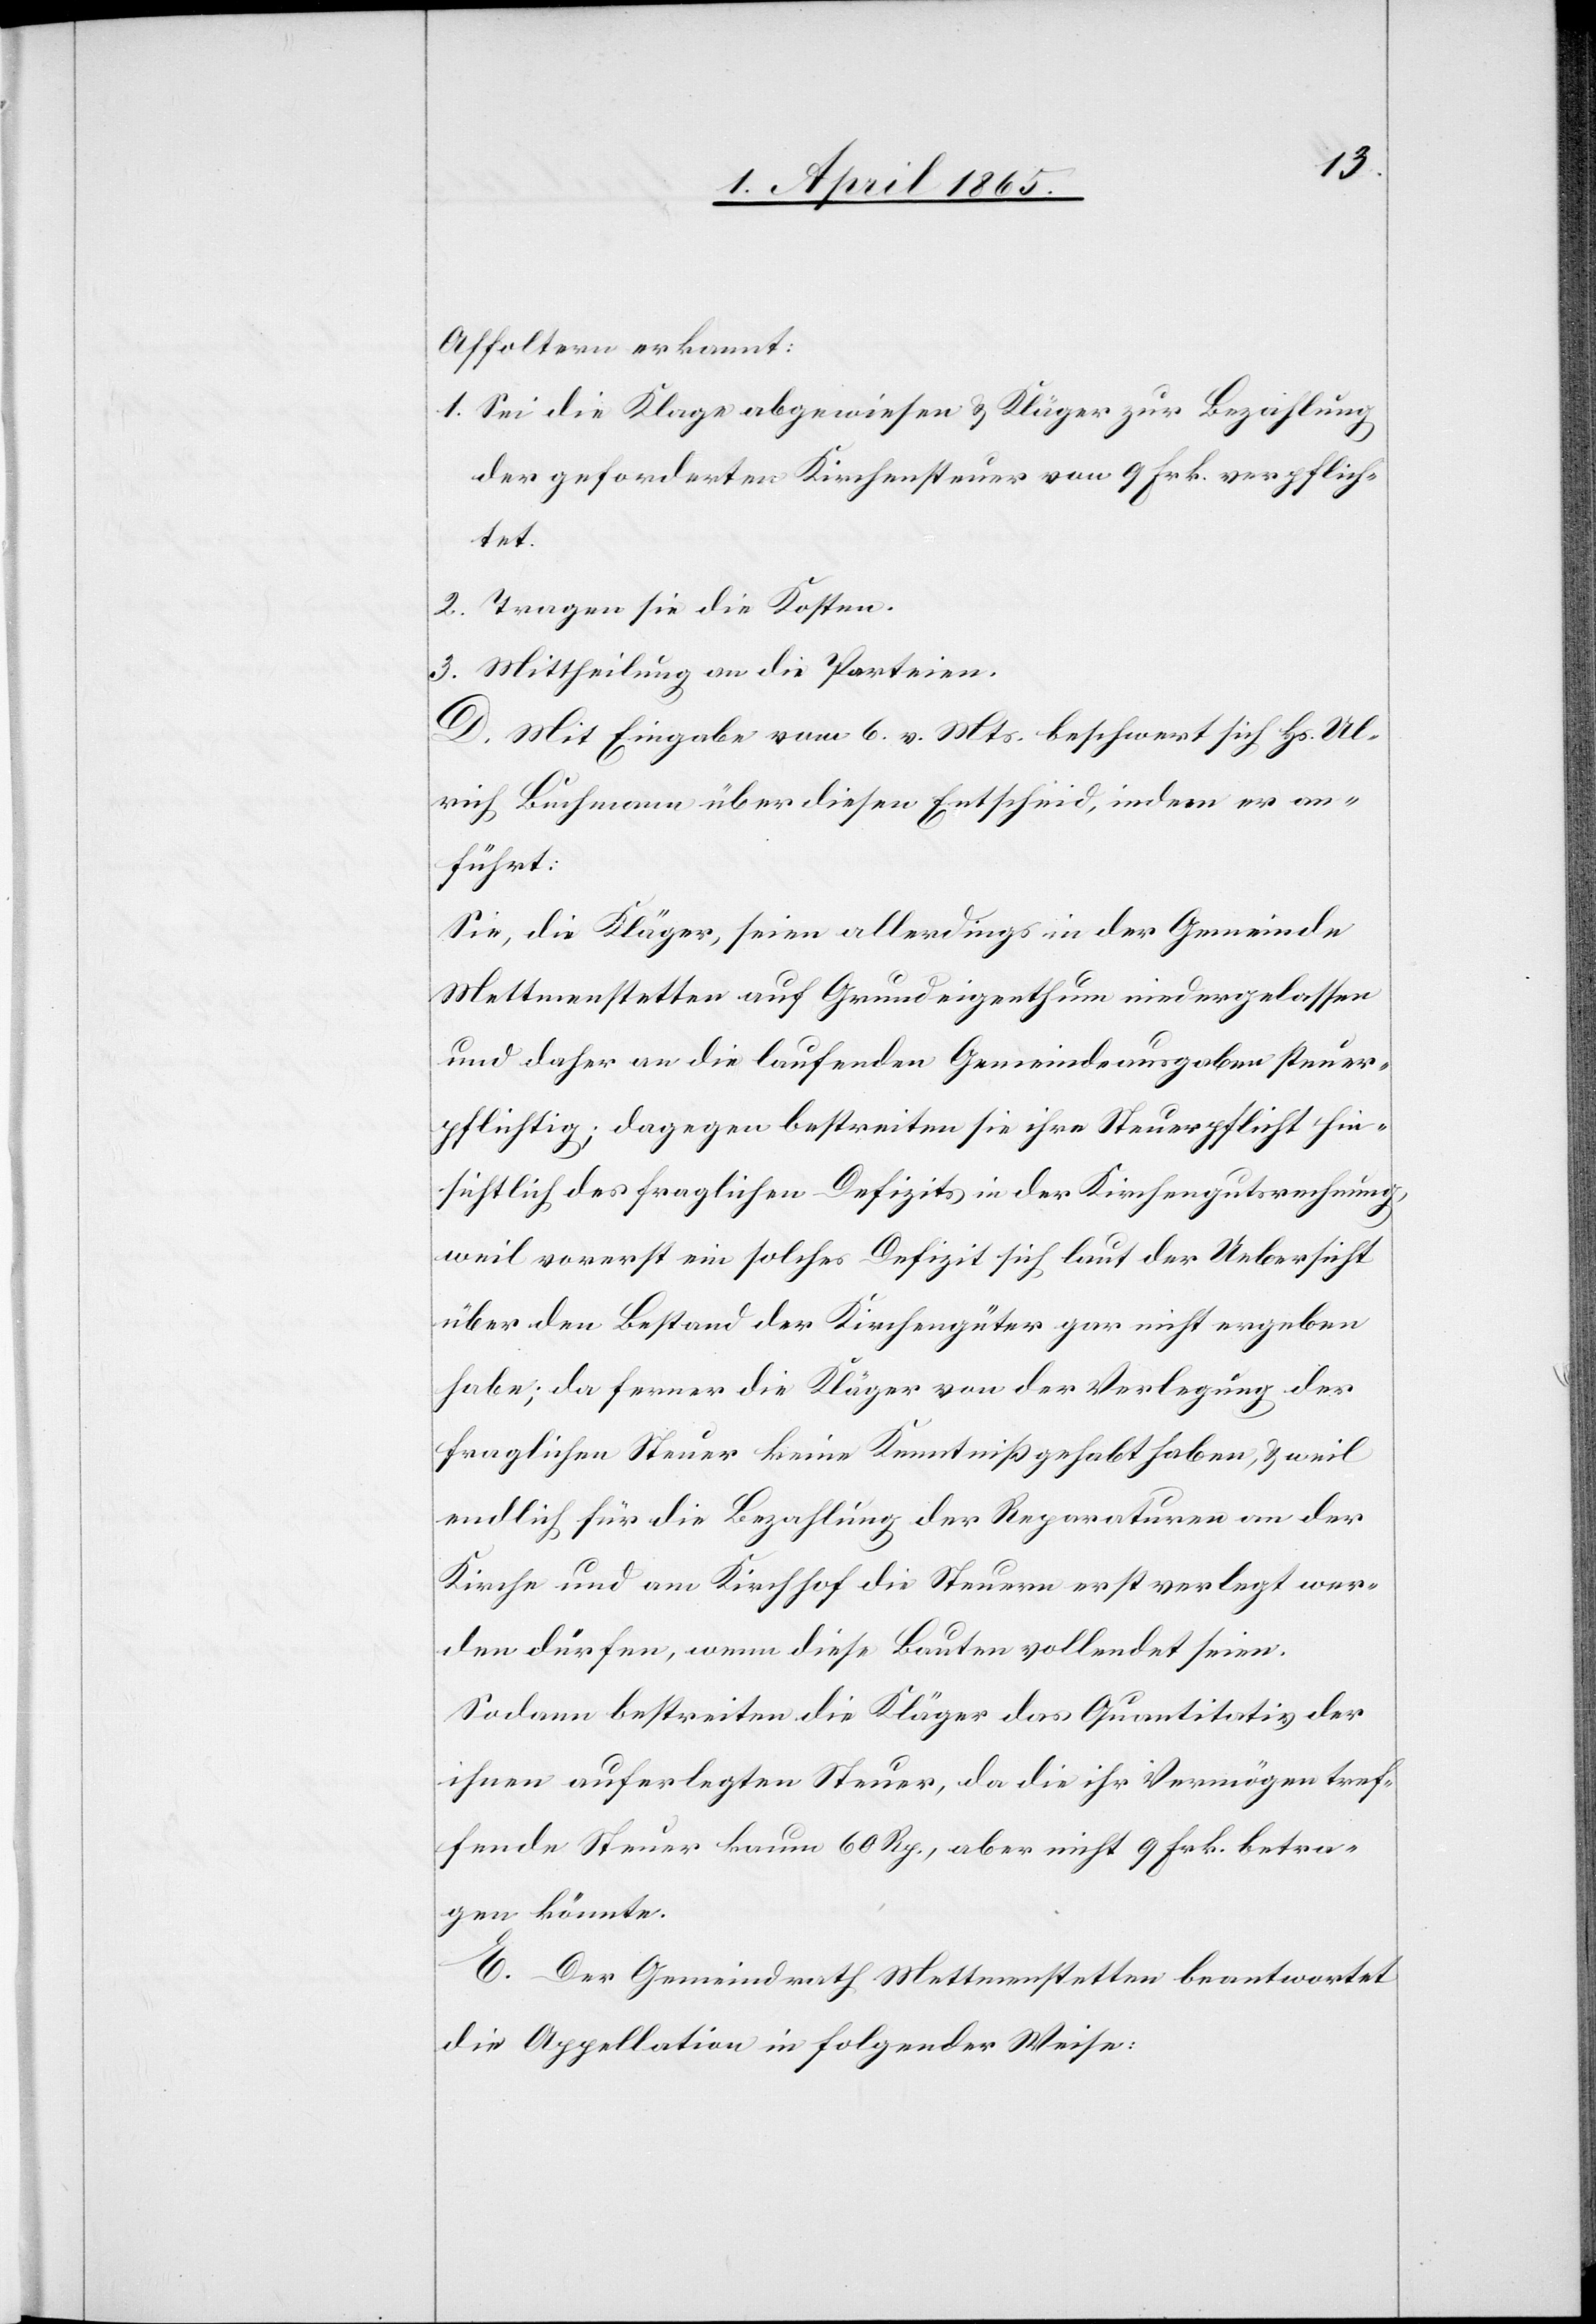
Affoltern erkannt:
1. Sei die Klage abgewiesen & Kläger zur Bezahlung
der geforderten Kirchensteuer von 9 Frk. verpflich¬
tet.
2. Tragen sie die Kosten.
3. Mittheilung an die Parteien.
D. Mit Eingabe vom 6. v. Mts. beschwert sich Hs. Ul¬
rich Buchmann über diesen Entscheid, indem er an¬
führt:
Sie, die Kläger, seien allerdings in der Gemeinde
Mettmenstetten auf Grundeigenthum niedergelassen
und daher an die laufenden Gemeindeausgaben steuer¬
pflichtig; dagegen bestreiten sie ihre Steuerpflicht hin¬
sichtlich des fraglichen Defizits in der Kirchengutsrechnung,
weil vorerst ein solches Defizit sich laut der Uebersicht
über den Bestand der Kirchengüter gar nicht ergeben
habe; da ferner die Kläger von der Verlegung der
fraglichen Steuer keine Kenntniß gehabt haben, & weil
endlich für die Bezahlung der Reparaturen an der
Kirche und am Kirchhof die Steuern erst verlegt wer¬
den dürfen, wenn diese Bauten vollendet seien.
Sodann bestreiten die Kläger das Quantitativ der
ihnen auferlegten Steuer, da die ihr Vermögen tref¬
fende Steuer kaum 60 Rp., aber nicht 9 Frk. betra¬
gen könnte.
E. Der Gemeindrath Mettmenstetten beantwortet
die Appellation in folgender Weise: